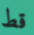
قط